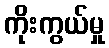
ကိုးကွယ်မှု